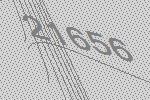
21656